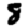
Digit: 8